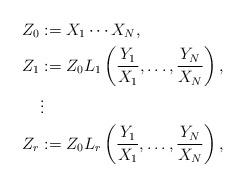
LaTeX: \begin{align*}Z_0 &:=X_1\cdots X_N,\\Z_1 &:=Z_0L_1\left(\frac{Y_1}{X_1},\dots,\frac{Y_N}{X_N}\right), \\&\vdots \\Z_r &:=Z_0L_r\left(\frac{Y_1}{X_1},\dots,\frac{Y_N}{X_N}\right),\end{align*}